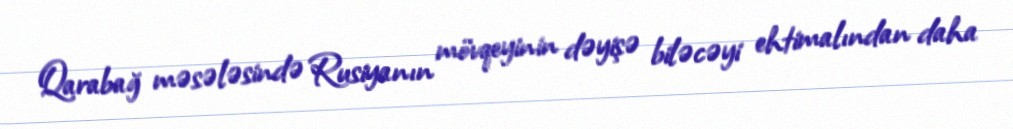
Qarabağ məsələsində Rusiyanın mövqeyinin dəyişə biləcəyi ehtimalından daha